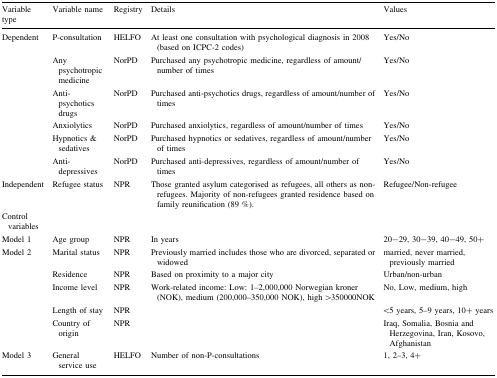
<table><thead><tr><td><b>Variable type</b></td><td><b>Variable name</b></td><td><b>Registry</b></td><td><b>Details</b></td><td><b>Values</b></td></tr></thead><tbody><tr><td>Dependent</td><td>P-consultation</td><td>HELFO</td><td>At least one consultation with psychological diagnosis in 2008 (based on ICPC-2 codes)</td><td>Yes/No</td></tr><tr><td></td><td>Any psychotropic medicine</td><td>NorPD</td><td>Purchased any psychotropic medicine, regardless of amount/number of times</td><td>Yes/No</td></tr><tr><td></td><td>Anti-psychotics drugs</td><td>NorPD</td><td>Purchased anti-psychotics drugs, regardless of amount/number of times</td><td>Yes/No</td></tr><tr><td></td><td>Anxiolytics</td><td>NorPD</td><td>Purchased anxiolytics, regardless of amount/number of times</td><td>Yes/No</td></tr><tr><td></td><td>Hypnotics &amp; sedatives</td><td>NorPD</td><td>Purchased hypnotics or sedatives, regardless of amount/number of times</td><td>Yes/No</td></tr><tr><td></td><td>Anti-depressives</td><td>NorPD</td><td>Purchased anti-depressives, regardless of amount/number of times</td><td>Yes/No</td></tr><tr><td>Independent</td><td>Refugee status</td><td>NPR</td><td>Those granted asylum categorised as refugees, all others as non-refugees. Majority of non-refugees granted residence based on family reunification (89 %).</td><td>Refugee/Non-refugee</td></tr><tr><td>Control variables</td><td></td><td></td><td></td><td></td></tr><tr><td>Model 1</td><td>Age group</td><td>NPR</td><td>In years</td><td>20−29, 30−39, 40−49, 50+</td></tr><tr><td>Model 2</td><td>Marital status</td><td>NPR</td><td>Previously married includes those who are divorced, separated or widowed</td><td>married, never married, previously married</td></tr><tr><td></td><td>Residence</td><td>NPR</td><td>Based on proximity to a major city</td><td>Urban/non-urban</td></tr><tr><td></td><td>Income level</td><td>NPR</td><td>Work-related income: Low: 1–2,000,000 Norwegian kroner (NOK), medium (200,000–350,000 NOK), high &gt;350000NOK</td><td>No, Low, medium, high</td></tr><tr><td></td><td>Length of stay</td><td>NPR</td><td></td><td>&lt;5 years, 5–9 years, 10+ years</td></tr><tr><td></td><td>Country of origin</td><td>NPR</td><td></td><td>Iraq, Somalia, Bosnia and Herzegovina, Iran, Kosovo, Afghanistan</td></tr><tr><td>Model 3</td><td>General service use</td><td>HELFO</td><td>Number of non-P-consultations</td><td>1, 2–3, 4+</td></tr></tbody></table>